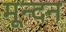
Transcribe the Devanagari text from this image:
मून्दन